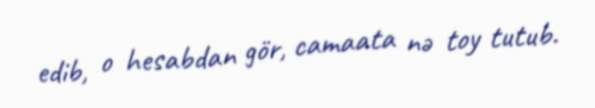
edib, o hesabdan gör, camaata nə toy tutub.